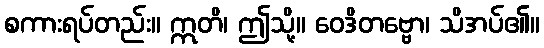
စကားရပ်တည်း။ ဣတိ၊ ဤသို့။ ဝေဒိတဗ္ဗော၊ သိအပ်၏။